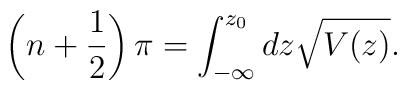
\left(n+\frac{1}{2}\right)\pi = \int_{-\infty}^{z_0}dz\sqrt{V(z)}.